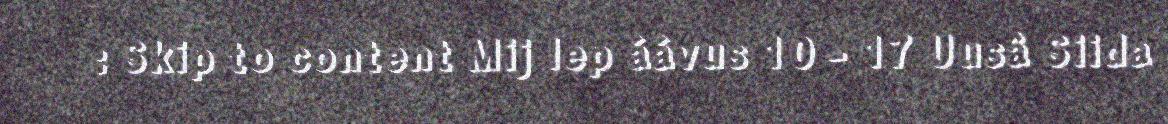
: Skip to content Mij lep áávus 10 - 17 Uusâ Siida